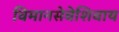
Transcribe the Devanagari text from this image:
विमानसेवेशिवाय